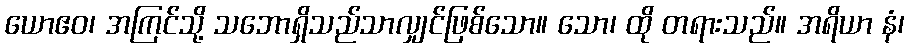
ယောဧဝ၊ အကြင်သို့ သဘောရှိသည်သာလျှင်ဖြစ်သော။ သော၊ ထို တရားသည်။ အရိယာ နံ၊